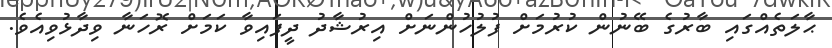
ޙާލަތެއްގައި ބާރުގެ ބޭނުން ކުރުމަށް ފުލުހުންނަށް އިރުޝާދު ދީފައިވާ ކަމަށް ރޮހަނާ ވިދާޅުވިއެވެ.